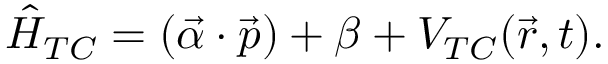
\hat { H } _ { T C } = ( \vec { \alpha } \cdot \vec { p } ) + \beta + V _ { T C } ( \vec { r } , t ) .